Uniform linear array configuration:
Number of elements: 4
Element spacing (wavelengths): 1
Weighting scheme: exponential
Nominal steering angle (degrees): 15
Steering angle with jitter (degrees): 16.855
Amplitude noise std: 0.05
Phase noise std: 0.05

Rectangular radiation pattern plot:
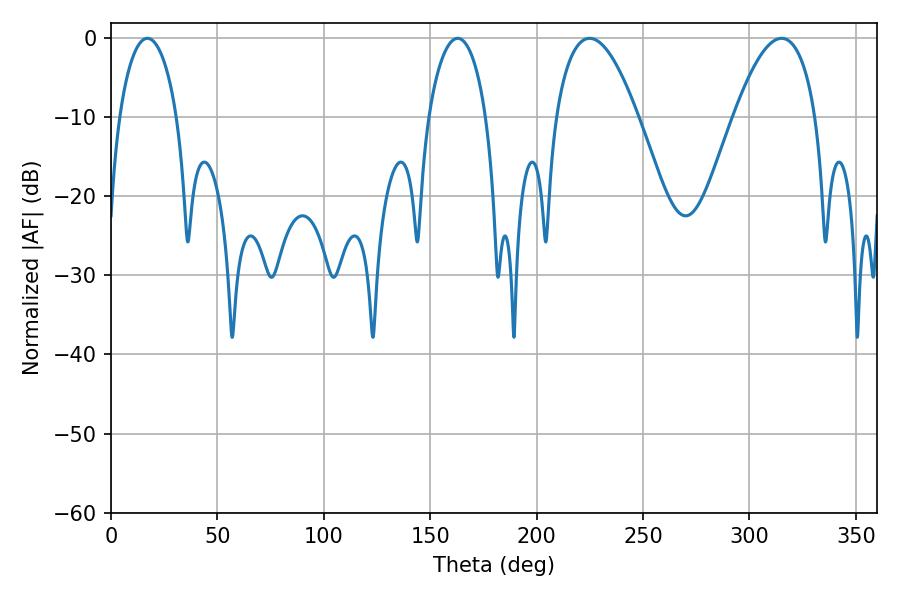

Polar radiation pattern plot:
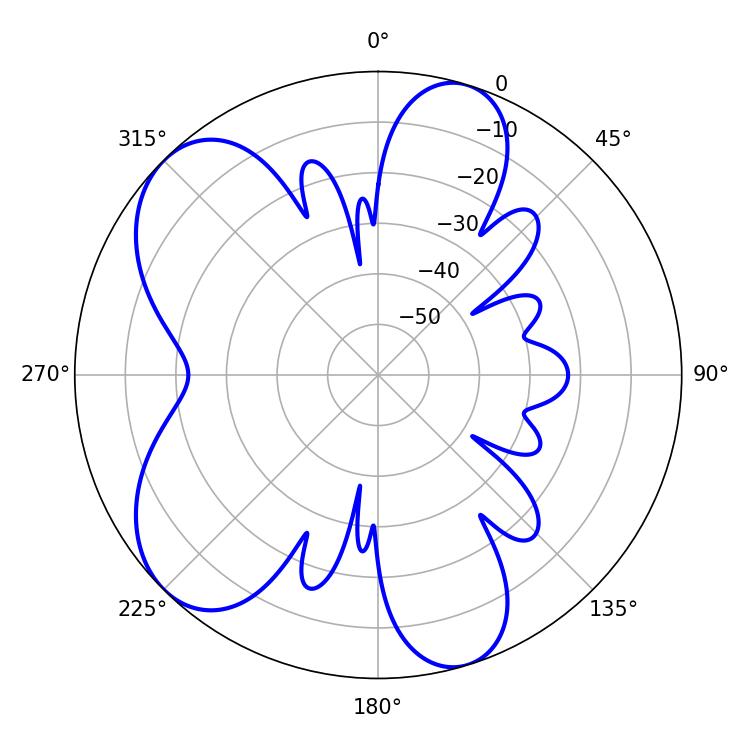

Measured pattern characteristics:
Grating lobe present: TRUE
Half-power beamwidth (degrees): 15.3
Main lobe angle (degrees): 17.1